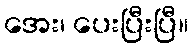
အေး၊ ပေးပြီးပြီ။